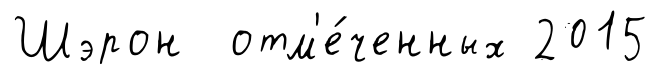
Шэрон отм'е́ченных 2015